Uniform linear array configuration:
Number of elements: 64
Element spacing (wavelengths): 1
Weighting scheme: blackman
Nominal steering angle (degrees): -30
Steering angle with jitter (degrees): -30.488
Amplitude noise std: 0.05
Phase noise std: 0.05

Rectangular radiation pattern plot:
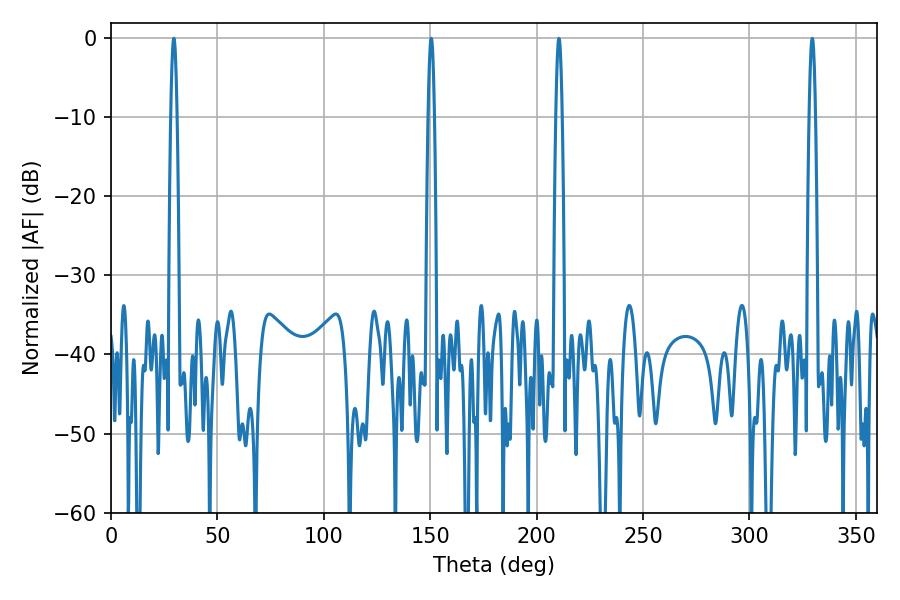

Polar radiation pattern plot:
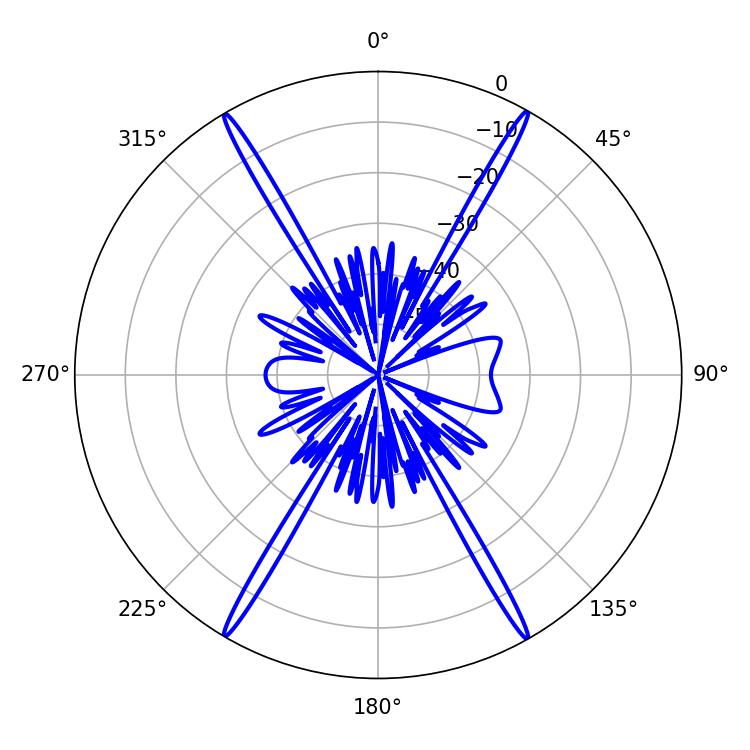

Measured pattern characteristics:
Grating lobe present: TRUE
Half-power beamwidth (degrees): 1.44
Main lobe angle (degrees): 29.52